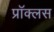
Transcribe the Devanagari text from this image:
प्रॉक्लस